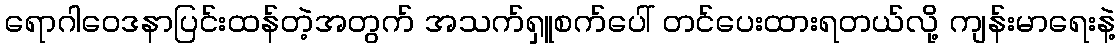
ရောဂါဝေဒနာပြင်းထန်တဲ့အတွက် အသက်ရှူစက်ပေါ် တင်ပေးထားရတယ်လို့ ကျန်းမာရေးနဲ့